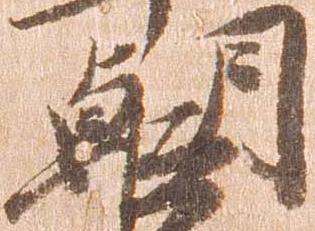
朝